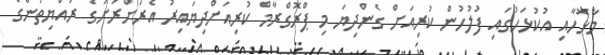
މާޅޮހާއި އުކުޅަހުގައި ފުލުހުން ކުރިއަށް ގެންދިޔަ މި ޕްރޮގްރާމް ކުރިއަށްދިޔައިރު އެރަށްރަށުގެ ރައްޔިތުންގެ